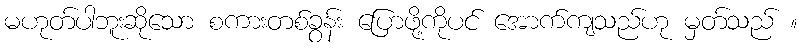
မဟုတ်ပါဘူးဆိုသော စကားတစ်ခွန်း ပြောဖို့ကိုပင် အောက်ကျသည်ဟု မှတ်သည် ။